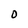
Character: O